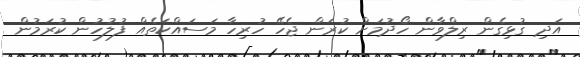
އަދި ގުޅިގެން ރިލްވާން ހޯދުމަށް ކުރަން ޖެހޭ ހުރިހާ މަސައްކަތެއް ފުލުހުން ކުރަމުން